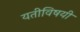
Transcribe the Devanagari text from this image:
यतीविषयी